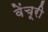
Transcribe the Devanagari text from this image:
वेंचूरी